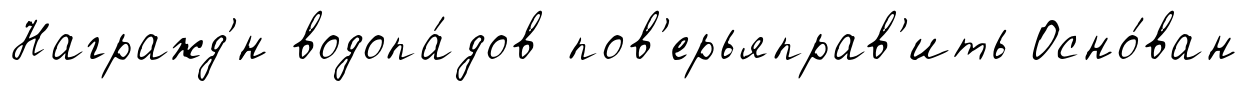
Награжд'́н водопа́дов пов'ерьяправ'ить Осно́ван